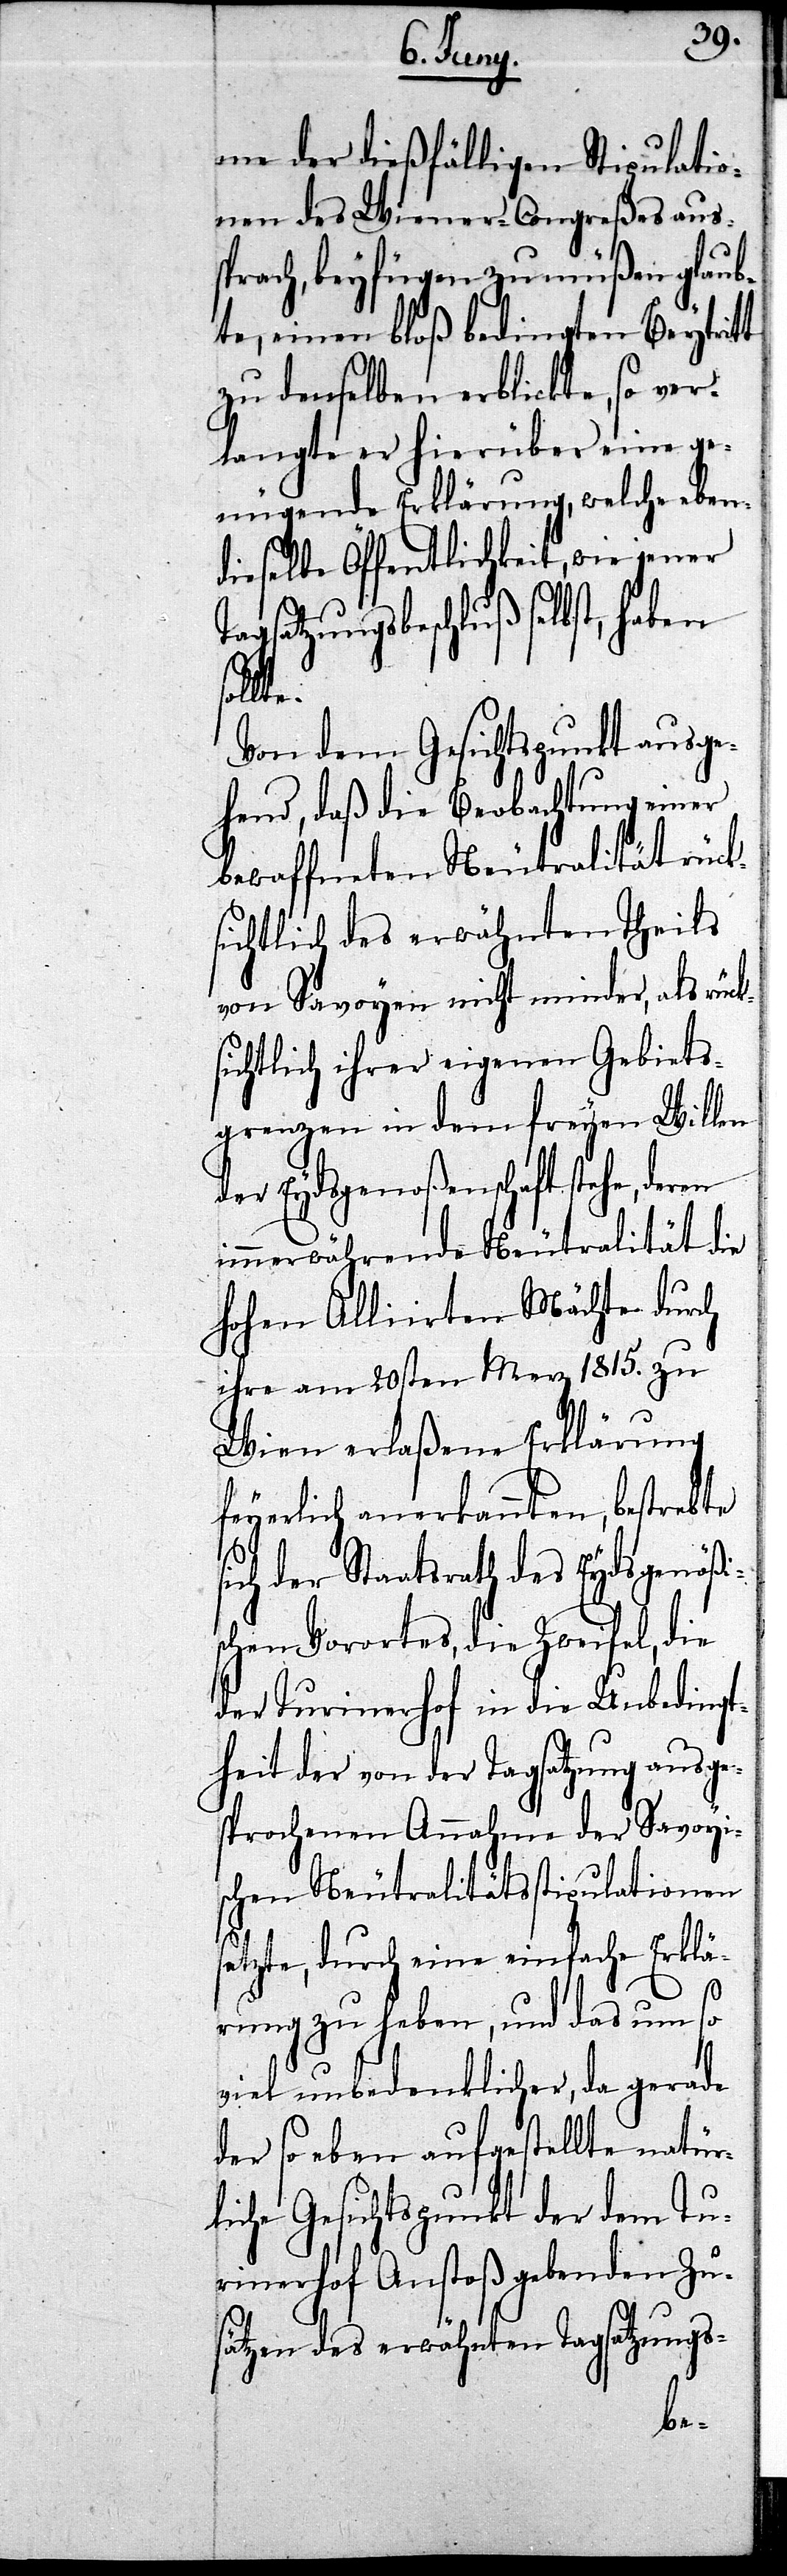
me der dießfälligen Stipulatio¬
nen des Wiener-Congreßes aus¬
sprach, beyfügen zu müßen glaub¬
te, einen bloß bedingten Beytritt
zu denselben erblickte, so ver¬
langte er hierüber eine ge¬
nügende Erklärung, welche eben¬
dieselbe Öffentlichkeit, wie jener
Tagsatzungsbeschluß selbst, haben
te.
Von dem Gesichtspunkt ausge¬
hend, daß die Beobachtung einer
bewaffneten Neutralität rück¬
sichtlich des erwähnten Theils
von Savoyen nicht minder, als rüc¬
ichtlich ihrer eigenen Gebiets¬
grenzen in dem freyen Willen
der Eydsgenoßenschaft stehe,
immerwährende Neutralität die
hohen Alliirten Mächte durch
ihre am 20sten Merz 1815. zu
Wien erlaßene Erklärung
feyerlich anerkannten, bestrebte
ich der Staatsrath des Eydsgenößi¬
schen Vorortes, die Zweifel, die
der Turinerhof in die Unbedingt¬
heit der von der Tagsatzung ausge¬
sprochenen Annahme der Savoyi¬
schen Neutralitätsstipulationen
setzte, durch eine einfache Erklä¬
rung zu haben, und das um so
viel unbedenklicher, da gerade
der so eben aufgestellte natür¬
liche Gesichtspunkt der dem Tu¬
rinerhof Anstoß gebenden Zu¬
sätze des erwähnten Tagsatzungs-
s¬